Medical and sanitary report of the native army of Madras for the year
Year: 1878
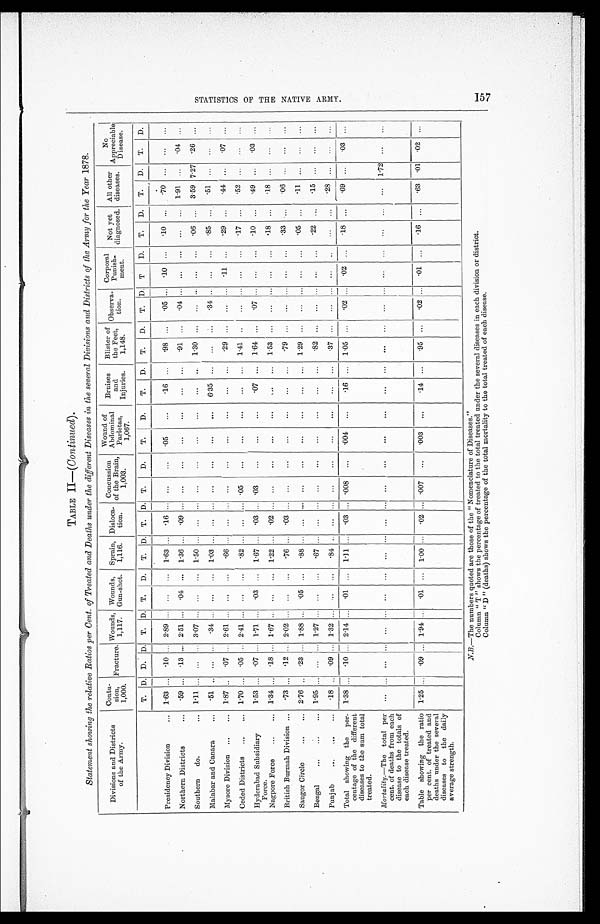
TABLE II— (Continued).
Statement showing the relative Ratios per Cent. of Treated and Deaths under the different Diseases in the several Divisions and Districts of the Army for the Year 1878.
Divisions and Districts
of the Army.
Conti
-sion,
1,000.
Fracture.
W o u n d s , 1 , 1 1 7 .
W o u n d s , G u n - s h o t .
Sprain,
1,116.
Disloca
-tion.
Concussion of the Brain, 1,003.
Wound of
Abdominal
Parietas,
1,067.
Bruises
and
Injuries.
Blister of
the Feet,
1,148.
Observa
-tion.
Corporal
Punish
-ment.
Not yet
diagnosed.
All other
diseases.
N o .
Appreciable
Disease.
T. D. D.
D . T. D. T.
D.
T. D. T. D. T.
D.
T.
D.
T.
D.
T.
D.
T. D. T
D.
T.
D.
T.
D.
T.
D.
. . .
. 1 0 . . .
.70 . . .
. . .
. . .
.10
Presidency Division . . .
1.63 . . . .10
. . . 2.89
. . .
. . .
. . .
1.63
. . .
. 1 6 . . .
. . .
. . .
.05
. . .
.16
. . .
.98
. . .
. 0 5 . . .
Northern Districts . . . .59
. . .
. 1 3 . . . 2.51 . . .
.04
. . .
1 . 3 6
. . .
.09 . . . . . .
. . .
. . .
. . . . . . . . .
. 9 1
. . . .04
. . .
. . . . . .
. . .
. . . 1.91 . . .
. 0 4 . . .
Southern do. . . . 1.11 . . .
. . . . . . 3.07 . . .
. . .
. . .
1 . 5 0
. . .
. . . . . . . . .
. . .
. . .
. . . . . . . . . 1.30
. . .
. . . . . .
. . . . . .
. 0 6 . . .
3.59 7.27
. 2 6
. . .
Malabar and Canara . . .
.51
. . .
. . .
. . .
. 3 4 . . .
. . .
. . . 1.03
. . .
. . .
. . .
. . .
. . .
. . .
. . .
6.35
. . .
. . .
. . .
.34
. . .
. . . . . .
. 8 5 . . .
. 5 1 . . .
. . .
. . .
Mysore Division . . .
1.87
. . .
. 0 7 . . .
2.61
. . .
. . .
. . .
. 6 6
. . .
. . . . . . . . .
. . .
. . .
. . .
. . . . . .
. 2 9
. . .
. . . . . .
.11 . . .
.29
. . .
. 4 4
. . .
.07
. . .
Ceded Districts . . . 1.70
. . .
. 0 5 . . . 2.41
. . .
. . .
. . .
.82
. . .
. . .
. . . .05
. . .
. . .
. . .
. . .
. . . 1.41
. . .
. . . . . .
. . . . . .
. 1 7 . . .
. 5 2 . . .
. . .
. . .
Hyderabad Subsidiary
Force.
1.53
. . . .07
. . . 1.71
. . .
. 0 3 . . .
1.67
. . .
. 0 3 . . . .03
. . .
. . .
. . .
. 0 7
. . . 1.64
. . .
. 0 7 . . .
. . . . . .
. 1 0 . . .
. 4 9 . . .
. 0 3 . . .
Nagpore Force . . . 1.34
. . . .18
. . . 1.67
. . .
. . .
. . .
1.22
. . .
. 0 2 . . .
. . .
. . .
. . .
. . .
. . .
. . . 1.53
. . .
. . . . . .
. . . . . .
. 1 8 . . .
.18 . . .
. . .
. . .
British Burmah Division . . .
.73
. . . .12 . . . 2.02
. . .
. . .
. . .
.76
. . .
. 0 3 . . .
. . .
. . .
. . .
. . .
. . .
. . .
.79
. . .
. . . . . .
. . . . . .
.33
. . .
. 0 6
. . .
. . .
. . .
Saugor Circle . . . 2.76
. . . .23
. . . 1.88
. . .
. 0 5 . . .
.88
. . .
. . .
. . .
. . .
. . .
. . .
. . .
. . .
. . . 1.29
. . .
. . . . . .
. . . . . .
.05
. . .
. 1 1
. . .
. . .
. . .
B e n g a l . . . 1.95 . . .
. . . . . .
1 . 2 7 . . .
. . .
. . .
. 6 7
. . .
. . . . . . . . .
. . .
. . .
. . .
. . . . . .
.82
. . .
. . . . . .
. . .
. . .
. 2 2
. . .
. 1 5 . . .
. . .
. . .
P u n j a b . . . . 1 8
. . .
. 0 9 . . .
1 . 3 2 . . .
. . .
. . .
. 8 4
. . .
. . . . . . . . .
. . .
. . .
. . .
. . . . . .
. 3 7
. . . . . .
. . .
. . . . . .
. . . . . .
.28 . . .
. . .
. . .
. 0 2 . . .
. 1 8 . . .
.69 . . .
. 0 3
. . .
Total showing the per
-centage of the different
diseases to the sum total
treated.
1.38
. . . .10
. . . 2 .14
. . .
. 0 1 . . .
1.11
. . .
. 0 3
. . .
.008
. . .
.004
. . .
.16
. . . 1.05
. . .
. 0 2 . . .
M o r t a l i t y .—
T h e t o t a l p e r c e n t . o f d e a t h s f r o m e a c h
disease to the totals of
each disease treated.
. . . . . .
. . .
. . .
. . . . . .
. . .
. . .
. . .
. . .
. . . . . . . . .
. . .
. . .
. . .
. . .
. . .
. . .
. . .
. . . . . . .
. . .
. . .
. . .
. . .
. . .
1.72
. . .
. . .
.95
. . .
.02
. . . .01
. . .
. 1 6 . . .
.63 .01
. 0 2
. . .
Table showing the ratio
per cent. of treated and
deaths under the several
diseases to the daily
average strength.
1.25
. . .
. 0 9 . . . 1.94 . . .
. 0 1 . . .
1.00
. . .
. 0 2 . . .
.007
. . .
.003
. . .
.14 . . .
N.B.—The numbers quoted are those of the "Nomenclature of Diseases."
Column " T " shows the percentage of treated to the total treated under the several diseases in each division or district.
Column " D " (deaths) shows the percentage of the total mortality to the total treated of each disease.
S T A T I S T I C S O F T H E N A T I V E A R M Y . 1 5 7